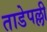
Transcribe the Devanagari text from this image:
ताडेपल्ली